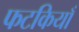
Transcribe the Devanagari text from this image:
फटकियाँ